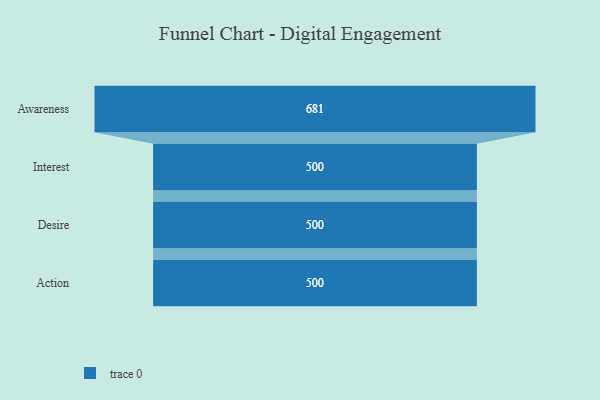
{"axis": {"x": "Stage", "y": "Value"}, "legend": [""], "data": [{"x": "Awareness", "y": 681.0, "type": ""}, {"x": "Interest", "y": 500, "type": ""}, {"x": "Desire", "y": 500, "type": ""}, {"x": "Action", "y": 500, "type": ""}]}